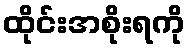
ထိုင်းအစိုးရကို